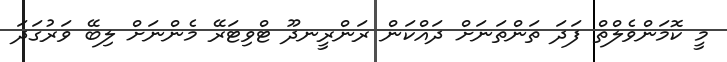
މީ ކޮމަންވެލްތް ފަދަ ތަންތަނަށް ދައްކަން ރަންރީނދޫ ޓްވިޓަރޭ މެންނަށް ލިބޭ ވަރުގަދަ